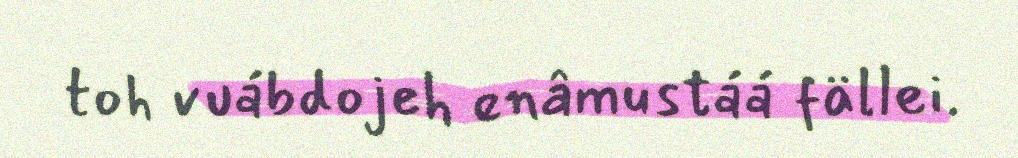
toh vuábdojeh enâmustáá fällei.